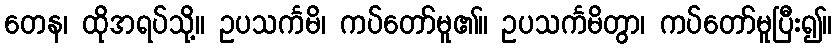
တေန၊ ထိုအရပ်သို့။ ဥပသင်္ကမိ၊ ကပ်တော်မူ၏။ ဥပသင်္ကမိတွာ၊ ကပ်တော်မူပြီး၍။